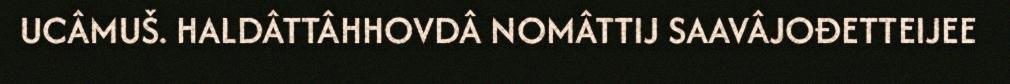
UCÂMUŠ. HALDÂTTÂHHOVDÂ NOMÂTTIJ SAAVÂJOĐETTEIJEE